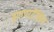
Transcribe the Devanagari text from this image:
हायपरटेंसिव